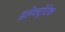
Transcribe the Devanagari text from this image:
इलेक्ट्रोटेक